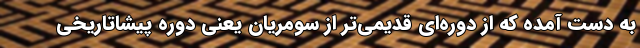
به دست آمده که از دوره‌‌ای قدیمی‌تر از سومریان یعنی دوره پیشاتاریخی